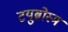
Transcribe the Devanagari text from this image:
टयुब्रोस्म